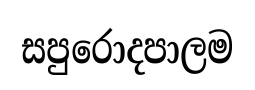
සපුරොදපාලම